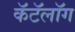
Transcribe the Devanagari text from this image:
कॅटॅलॉग